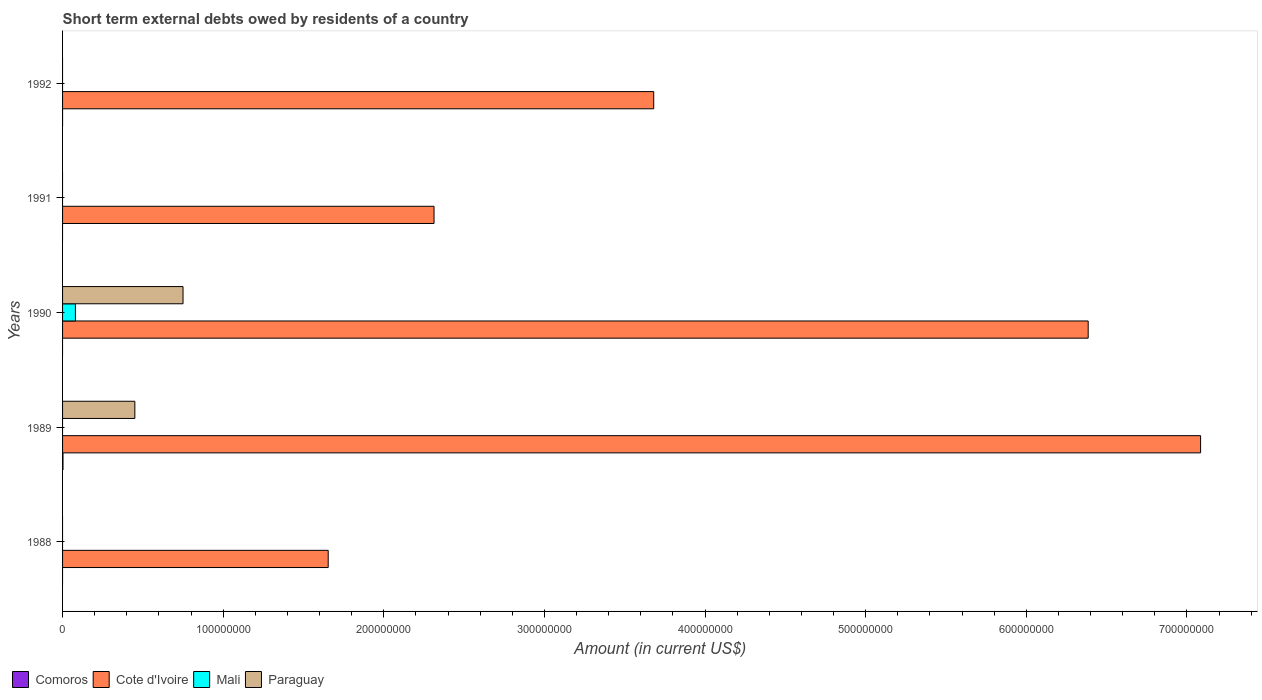
| Years | Comoros | Cote d'Ivoire | Mali | Paraguay |
 | --- | --- | --- | --- | --- |
 | 1988 | -7.07e+06 | 1.65e+08 | -5.66e+06 | -6.3e+07 |
 | 1989 | 2.7e+05 | 7.09e+08 | -4.92e+06 | 4.5e+07 |
 | 1990 | -3.02e+06 | 6.39e+08 | 8e+06 | 7.5e+07 |
 | 1991 | -1e+05 | 2.31e+08 | -3.12e+06 | -1.7e+07 |
 | 1992 | -1e+04 | 3.68e+08 | -2.02e+07 | -2.3e+07 |